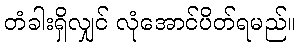
တံခါးရှိလျှင် လုံအောင်ပိတ်ရမည်။